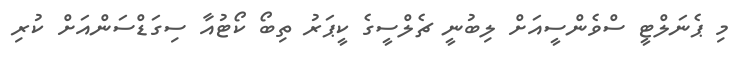
މި ޕެނަލްޓީ ސްވެންސީއަށް ލިބުނީ ޗެލްސީގެ ކީޕަރު ތިބޯ ކޯޓުއާ ސިގަޑްސަންއަށް ކުރި